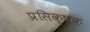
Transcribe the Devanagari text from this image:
प्रसिक्षक